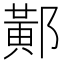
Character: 𨝴